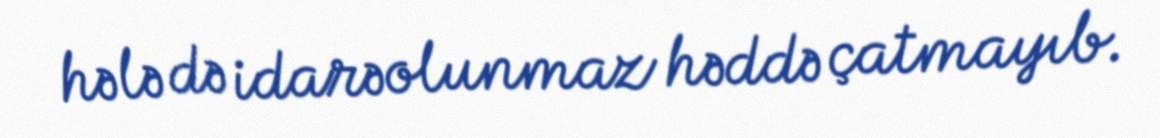
hələ də idarəolunmaz həddə çatmayıb.